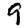
Digit: 9